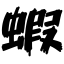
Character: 蝦